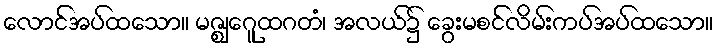
လောင်အပ်ထသော။ မဇ္ဈေဂူထဂတံ၊ အလယ်၌ ခွေးမစင်လိမ်းကပ်အပ်ထသော။